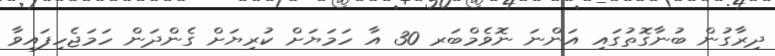
ދިރާގުން ބުނާގޮތުގައި އަންނަ ނޮވެމްބަރ 30 އާ ހަމަޔަށް ކުރިޔަށް ގެންދަން ހަމަޖެހިފައިވާ